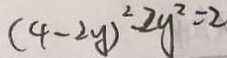
( 4 - 2 y ) ^ { 2 } - 2 y ^ { 2 } = 2